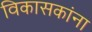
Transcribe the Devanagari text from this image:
विकासकांना